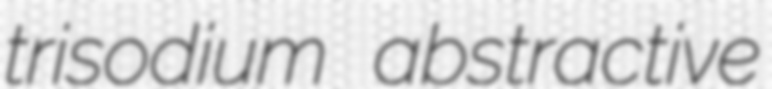
trisodium abstractive